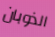
الذوبان